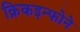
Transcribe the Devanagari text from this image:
क्रिकइन्फोने